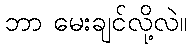
ဘာ မေးချင်လို့လဲ။